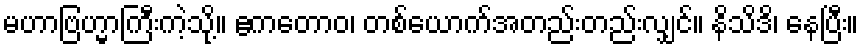
မဟာဗြဟ္မာကြီးကဲ့သို့။ ဧကတောဝ၊ တစ်ယောက်အတည်းတည်းလျှင်။ နိသိဒိ၊ နေပြီး။